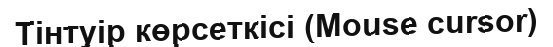
Тінтуір көрсеткісі (Mouse cursor)